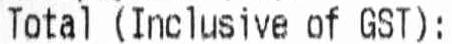
TOTAL (INCLUSIVE OF GST):